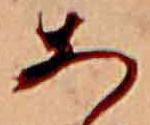
あ